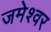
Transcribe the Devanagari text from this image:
जमेश्वर